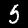
Digit: 5